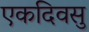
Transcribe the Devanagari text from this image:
एकदिवसु